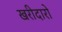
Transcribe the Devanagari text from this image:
खरीदारो